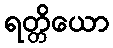
ရတ္တိယော